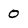
Character: O